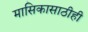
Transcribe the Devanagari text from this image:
मासिकासाठीही